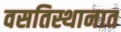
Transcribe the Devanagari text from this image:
वसतिस्थानात